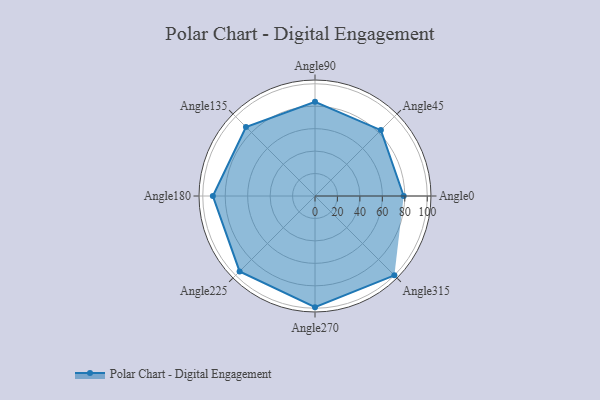
{"axis": {"x": "Angle", "y": "Radius"}, "legend": [""], "data": [{"x": "Angle0", "y": 79.0, "type": ""}, {"x": "Angle45", "y": 83.0, "type": ""}, {"x": "Angle90", "y": 84.0, "type": ""}, {"x": "Angle135", "y": 87.0, "type": ""}, {"x": "Angle180", "y": 91.0, "type": ""}, {"x": "Angle225", "y": 95.0, "type": ""}, {"x": "Angle270", "y": 99.0, "type": ""}, {"x": "Angle315", "y": 100.0, "type": ""}]}